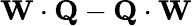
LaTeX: \mathbf{W}\cdot\mathbf{Q}-\mathbf{Q}\cdot\mathbf{W}